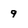
Character: 9